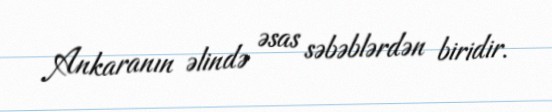
Ankaranın əlində əsas səbəblərdən biridir.